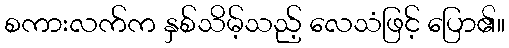
စကားလက်က နှစ်သိမ့်သည့် လေသံဖြင့် ပြော၏။